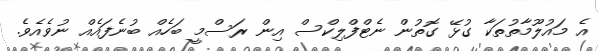
އެ މައުލޫމާތުތަކާ ގުޅޭ ގޮތުން ނެޓްފްލިކްސް އިން ރަސްމީ ބަހެއް ބުނެފައެއް ނުވެއެވެ.